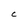
Character: C